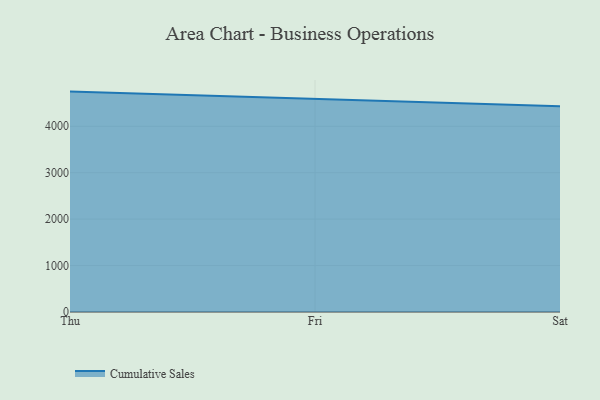
{"axis": {"x": "Day", "y": "Tickets Resolved"}, "legend": ["Cumulative Sales"], "data": [{"x": "Thu", "y": 4747.1, "type": "Cumulative Sales"}, {"x": "Fri", "y": 4594.0, "type": "Cumulative Sales"}, {"x": "Sat", "y": 4433.5, "type": "Cumulative Sales"}]}